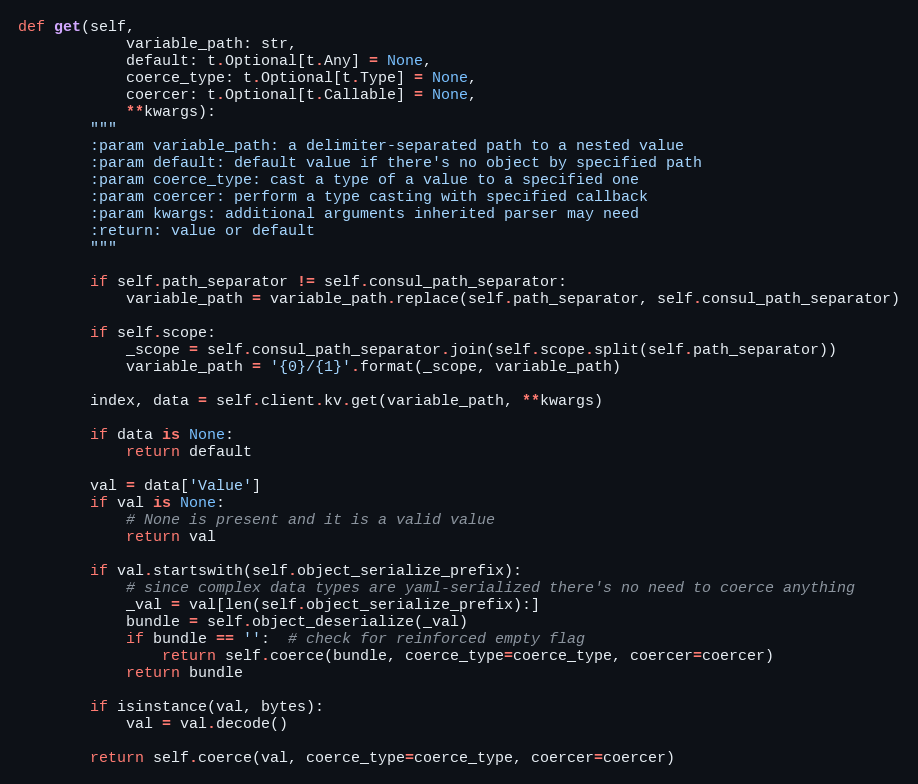
Language: Python
def get(self,
            variable_path: str,
            default: t.Optional[t.Any] = None,
            coerce_type: t.Optional[t.Type] = None,
            coercer: t.Optional[t.Callable] = None,
            **kwargs):
        """
        :param variable_path: a delimiter-separated path to a nested value
        :param default: default value if there's no object by specified path
        :param coerce_type: cast a type of a value to a specified one
        :param coercer: perform a type casting with specified callback
        :param kwargs: additional arguments inherited parser may need
        :return: value or default
        """

        if self.path_separator != self.consul_path_separator:
            variable_path = variable_path.replace(self.path_separator, self.consul_path_separator)

        if self.scope:
            _scope = self.consul_path_separator.join(self.scope.split(self.path_separator))
            variable_path = '{0}/{1}'.format(_scope, variable_path)

        index, data = self.client.kv.get(variable_path, **kwargs)

        if data is None:
            return default

        val = data['Value']
        if val is None:
            # None is present and it is a valid value
            return val

        if val.startswith(self.object_serialize_prefix):
            # since complex data types are yaml-serialized there's no need to coerce anything
            _val = val[len(self.object_serialize_prefix):]
            bundle = self.object_deserialize(_val)
            if bundle == '':  # check for reinforced empty flag
                return self.coerce(bundle, coerce_type=coerce_type, coercer=coercer)
            return bundle

        if isinstance(val, bytes):
            val = val.decode()

        return self.coerce(val, coerce_type=coerce_type, coercer=coercer)